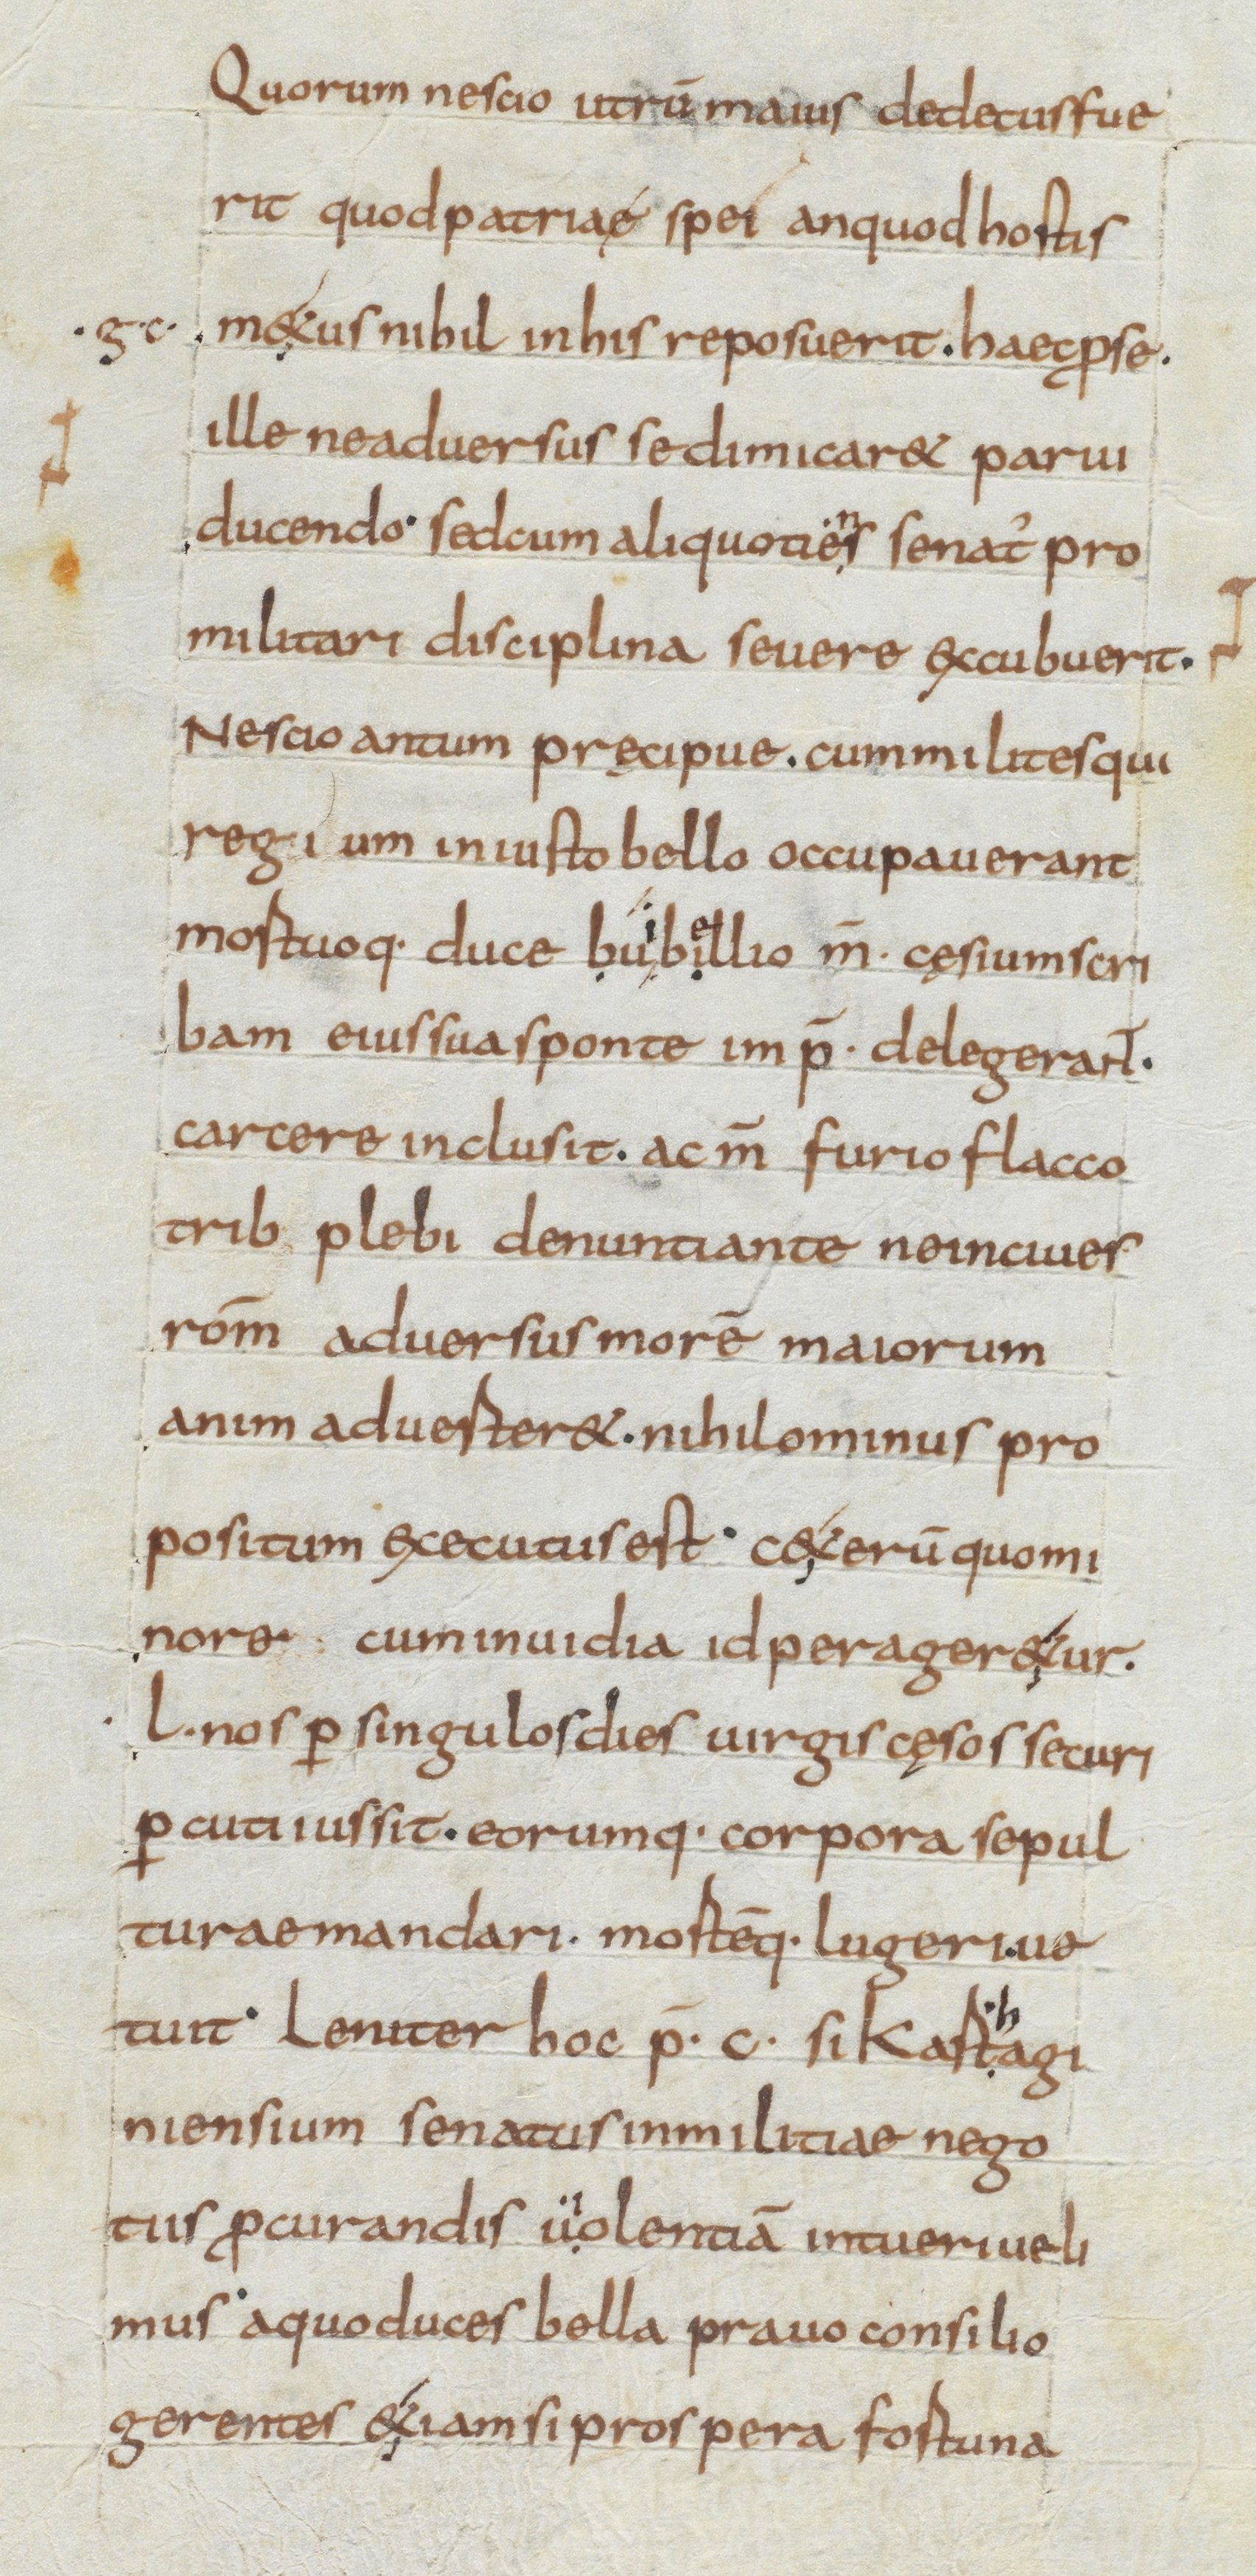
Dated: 834–866